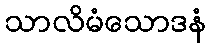
သာလိမံသောဒနံ